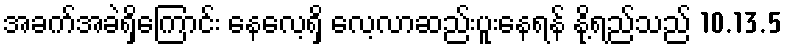
အခက်အခဲရှိကြောင်း နေလေ့ရှိ လေ့လာဆည်းပူးနေရန် နို့ရည်သည် 10.13.5